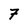
Character: 7